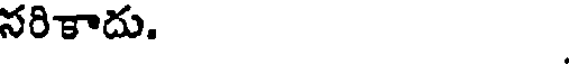
నరికాదు.